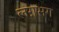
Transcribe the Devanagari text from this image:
लग़भग